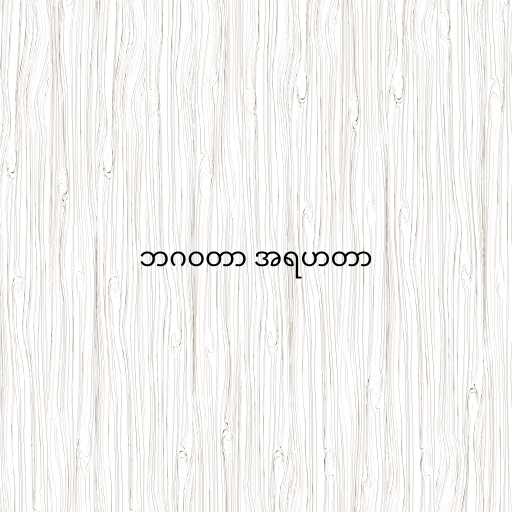
ဘဂဝတာ အရဟတာ